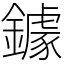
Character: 鐻